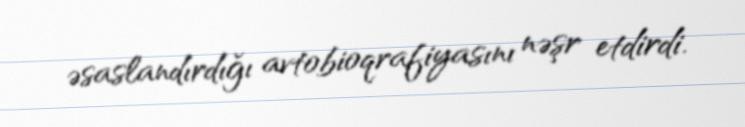
əsaslandırdığı avtobioqrafiyasını nəşr etdirdi.